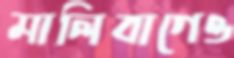
মালিবাগেও